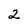
Character: 2